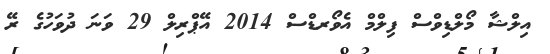
އިލްޝާ މޯލްޑިވްސް ފިލްމް އެވޯރޑްސް 2014 އޭޕްރިލް 29 ވަނަ ދުވަހުގެ ރޭ